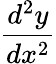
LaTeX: \frac{d^{2}y}{dx^{2}}